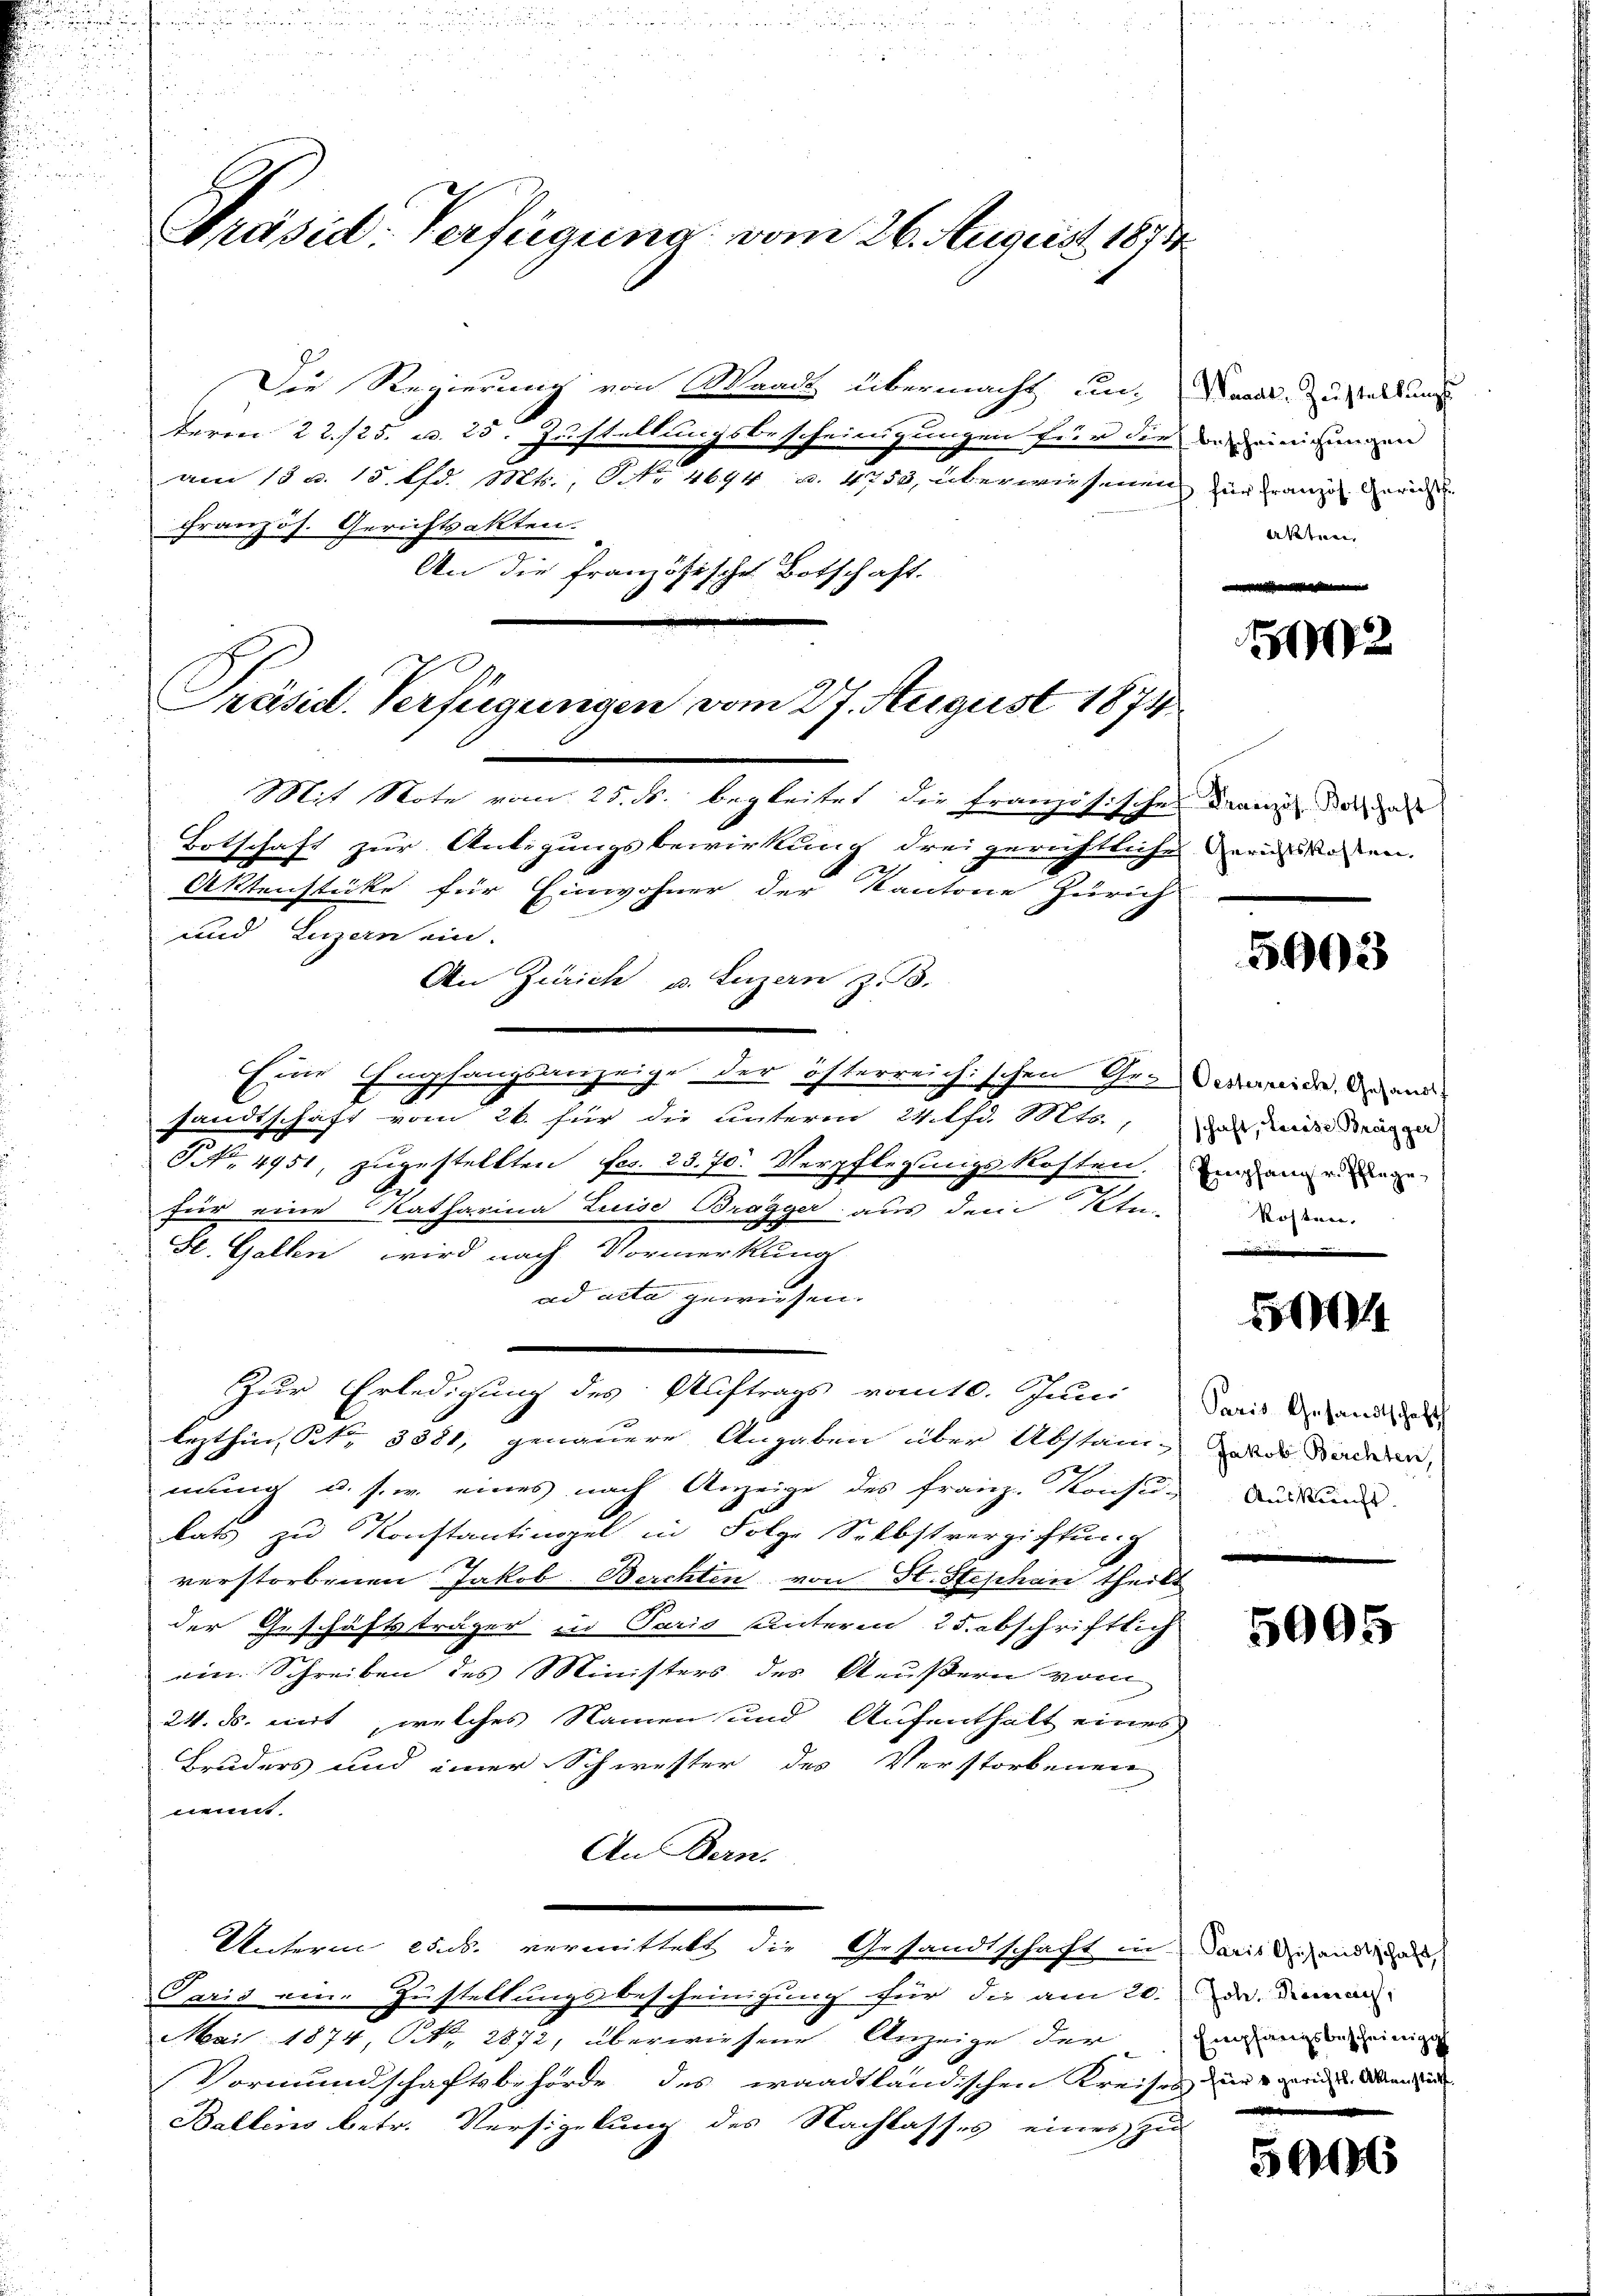
Präsid. Verfügung vom 26. August 1871

Die Regierung von Waadt übermacht un-
1
term 22./25. u. 25. Zustellungsbescheinigungen für die
am 13 u. 15 lfd. Mts., Nr. 4694 u. 4753, überwiesenen
Französ. Gerichtsakten.
An die französische Botschaft.
Mit Note vom 25. ds. begleitet die Französische
Botschaft zur Antigungsbewirkung drei gerichtliche
Aktenstücke für Einwohner der Kantone Zürich
und Luzern ein.
An Zürich u. Luzern z. B.
Eine Empfangsanzeige der österreichischen Gesandtschaft vom 26. für die unterm 24. lfd. Mts.
S No. 4951, zugestellten fes. 23. 70. Verpflegungs-Kosten.
für eine Katharina Luise Brägger aus dem 1ten
St. Gallen, wird nach Vormerkung
ad acta gewiesen.
Zur Erledigung des Auftrags vom 10. Juni
lezthin, St. 3381, genauere Angaben über Abstand-
mung u. s. w. eines nach Anzeige des Franz. Konsu-
kats zu Konstantingel in Folge Selbstverzichtung
verstorbenen Jakob. Berchten von St. Stephan theil
der Geschäftsträger in Paris unterm 25. abschriftlich
ein Schreiben des Ministers des Aeußern vom
24. ds. mit, welches Namen und Aufenthalt eines
Bruders und einer Schwester des Verstorbenen
t
An Bern.
Unterm es u. vermittels die Gesandtschaft in Paris sehend das
Paris eine Zustellungsbescheinigung für die am 20. Da dieman
Mai 1874, N. 2872, überwiesene Anzeige der
Vormundschaftsbehörde des waadtländischen Kreises, die an den
Ballins betr. Versielung des Nachlasses eines Zi

Präsid. Verfügungen vom 27. August 1871

Waadt Zustellungs
bescheinigungen
is für französ. Gerichts¬
Aktuar,

2

Französ. Botschaft
 Gerichtskosten.

5903

Oesterreich, Gesandtf
schaft, Laiese Bregger
Prepfang v. Pflege
kosten.

4

Paris Gesandtschaft
 Jakob Berchten,
Auskunft.

5095

Empfangsbescheinig
e

590